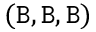
( \mathtt { B } , \mathtt { B } , \mathtt { B } )